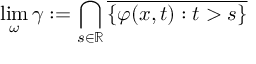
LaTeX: \operatorname* { l i m } _ { \omega } \gamma : = \bigcap _ { s \in \mathbb { R } } { \overline { { \{ \varphi ( x , t ) : t > s \} } } }